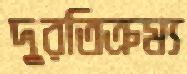
দুরতিক্রম্য